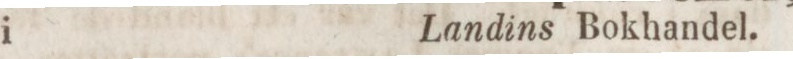
i    Landins Bokhandel.